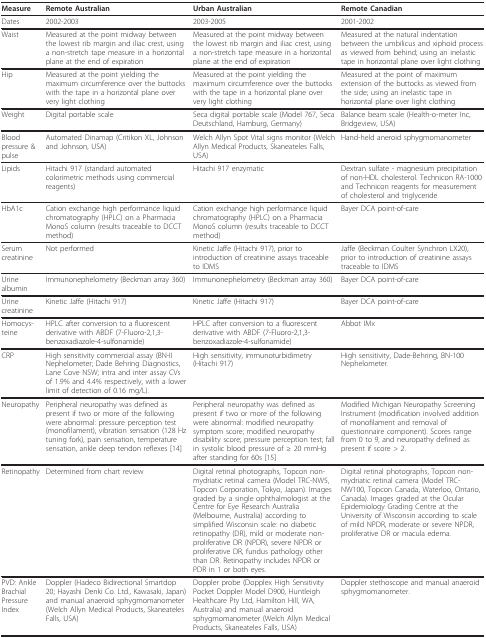
<table><thead><tr><td><b>Measure</b></td><td><b>Remote Australian</b></td><td><b>Urban Australian</b></td><td><b>Remote Canadian</b></td></tr></thead><tbody><tr><td>Dates</td><td>2002-2003</td><td>2003-2005</td><td>2001-2002</td></tr><tr><td>Waist</td><td>Measured at the point midway between the lowest rib margin and iliac crest, using a non-stretch tape measure in a horizontal plane at the end of expiration</td><td>Measured at the point midway between the lowest rib margin and iliac crest, using a non-stretch tape measure in a horizontal plane at the end of expiration</td><td>Measured at the natural indentation between the umbilicus and xiphoid process as viewed from behind; using an inelastic tape in horizontal plane over light clothing</td></tr><tr><td>Hip</td><td>Measured at the point yielding the maximum circumference over the buttocks with the tape in a horizontal plane over very light clothing</td><td>Measured at the point yielding the maximum circumference over the buttocks with the tape in a horizontal plane over very light clothing</td><td>Measured at the point of maximum extension of the buttocks as viewed from the side; using an inelastic tape in horizontal plane over light clothing</td></tr><tr><td>Weight</td><td>Digital portable scale</td><td>Seca digital portable scale (Model 767, Seca Deutschland, Hamburg, Germany)</td><td>Balance beam scale (Health-o-meter Inc, Bridgeview, USA)</td></tr><tr><td>Blood pressure &amp; pulse</td><td>Automated Dinamap (Critikon XL, Johnson and Johnson, USA)</td><td>Welch Allyn Spot Vital signs monitor (Welch Allyn Medical Products, Skaneateles Falls, USA)</td><td>Hand-held aneroid sphygmomanometer</td></tr><tr><td>Lipids</td><td>Hitachi 917 (standard automated colorimetric methods using commercial reagents)</td><td>Hitachi 917 enzymatic</td><td>Dextran sulfate - magnesium precipitation of non-HDL cholesterol. Technicon RA-1000 and Technicon reagents for measurement of cholesterol and triglyceride</td></tr><tr><td>HbA1c</td><td>Cation exchange high performance liquid chromatography (HPLC) on a Pharmacia MonoS column (results traceable to DCCT method)</td><td>Cation exchange high performance liquid chromatography (HPLC) on a Pharmacia MonoS column (results traceable to DCCT method)</td><td>Bayer DCA point-of-care</td></tr><tr><td>Serum creatinine</td><td>Not performed</td><td>Kinetic Jaffe (Hitachi 917), prior to introduction of creatinine assays traceable to IDMS</td><td>Jaffe (Beckman Coulter Synchron LX20), prior to introduction of creatinine assays traceable to IDMS</td></tr><tr><td>Urine albumin</td><td>Immunonephelometry (Beckman array 360)</td><td>Immunonephelometry (Beckman array 360)</td><td>Bayer DCA point-of-care</td></tr><tr><td>Urine creatinine</td><td>Kinetic Jaffe (Hitachi 917)</td><td>Kinetic Jaffe (Hitachi 917)</td><td>Bayer DCA point-of-care</td></tr><tr><td>Homocys-teine</td><td>HPLC after conversion to a fluorescent derivative with ABDF (7-Fluoro-2,1,3-benzoxadiazole-4-sulfonamide)</td><td>HPLC after conversion to a fluorescent derivative with ABDF (7-Fluoro-2,1,3-benzoxadiazole-4-sulfonamide)</td><td>Abbot IMx</td></tr><tr><td>CRP</td><td>High sensitivity commercial assay (BN-II Nephelometer; Dade Behring Diagnostics, Lane Cove NSW; intra and inter assay CVs of 1.9% and 4.4% respectively, with a lower limit of detection of 0.16 mg/L).</td><td>High sensitivity, immunoturbidimetry (Hitachi 917)</td><td>High sensitivity, Dade-Behring, BN-100 Nephelometer.</td></tr><tr><td>Neuropathy</td><td>Peripheral neuropathy was defined as present if two or more of the following were abnormal: pressure perception test (monofilament), vibration sensation (128 Hz tuning fork), pain sensation, temperature sensation, ankle deep tendon reflexes [14]</td><td>Peripheral neuropathy was defined as present if two or more of the following were abnormal: modified neuropathy symptom score; modified neuropathy disability score; pressure perception test; fall in systolic blood pressure of ≥ 20 mmHg after standing for 60s [15]</td><td>Modified Michigan Neuropathy Screening Instrument (modification involved addition of monofilament and removal of questionnaire component). Scores range from 0 to 9, and neuropathy defined as present if score &gt; 2.</td></tr><tr><td>Retinopathy</td><td>Determined from chart review</td><td>Digital retinal photographs, Topcon non-mydriatic retinal camera (Model TRC-NW5, Topcon Corporation, Tokyo, Japan). Images graded by a single ophthalmologist at the Centre for Eye Research Australia (Melbourne, Australia) according to simplified Wisconsin scale: no diabetic retinopathy (DR), mild or moderate non-proliferative DR (NPDR), severe NPDR or proliferative DR, fundus pathology other than DR. Retinopathy includes NPDR or PDR in 1 or both eyes.</td><td>Digital retinal photographs, Topcon non-mydriatic retinal camera (Model TRC-NW100, Topcon Canada, Waterloo, Ontario, Canada). Images graded at the Ocular Epidemiology Grading Centre at the University of Wisconsin according to scale of mild NPDR, moderate or severe NPDR, proliferative DR or macula edema.</td></tr><tr><td>PVD: Ankle Brachial Pressure Index</td><td>Doppler (Hadeco Bidirectional Smartdop 20; Hayashi Denki Co. Ltd., Kawasaki, Japan) and manual anaeroid sphygmomanometer (Welch Allyn Medical Products, Skaneateles Falls, USA)</td><td>Doppler probe (Dopplex High Sensitivity Pocket Doppler Model D900, Huntleigh Healthcare Pty Ltd, Hamilton Hill, WA, Australia) and manual anaeroid sphygmomanometer (Welch Allyn Medical Products, Skaneateles Falls, USA)</td><td>Doppler stethoscope and manual anaeroid sphygmomanometer.</td></tr></tbody></table>